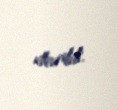
devrildi.